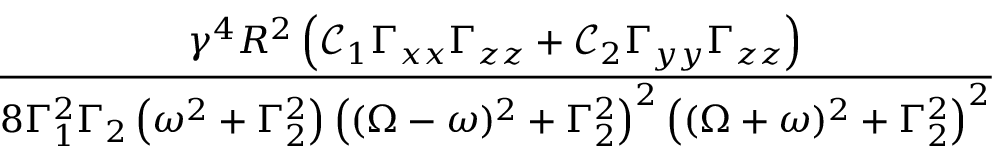
\frac { \gamma ^ { 4 } R ^ { 2 } \left( \mathcal C _ { 1 } \Gamma _ { x x } \Gamma _ { z z } + \mathcal C _ { 2 } \Gamma _ { y y } \Gamma _ { z z } \right) } { 8 \Gamma _ { 1 } ^ { 2 } \Gamma _ { 2 } \left( \omega ^ { 2 } + \Gamma _ { 2 } ^ { 2 } \right) \left( ( \Omega - \omega ) ^ { 2 } + \Gamma _ { 2 } ^ { 2 } \right) ^ { 2 } \left( ( \Omega + \omega ) ^ { 2 } + \Gamma _ { 2 } ^ { 2 } \right) ^ { 2 } }